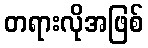
တရားလိုအဖြစ်